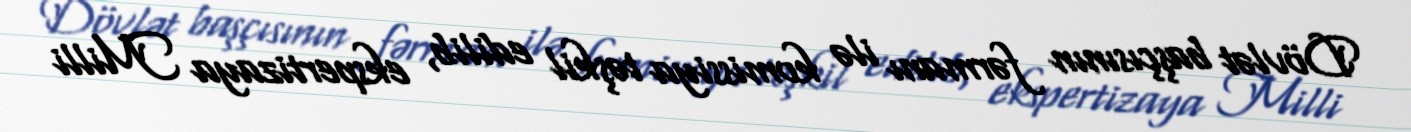
Dövlət başçısının fərmanı ilə komissiya təşkil edilib, ekspertizaya Milli